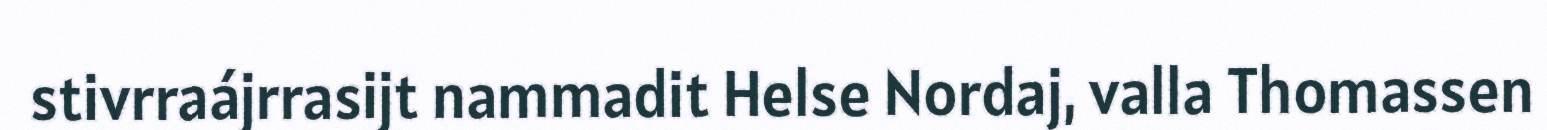
stivrraájrrasijt nammadit Helse Nordaj, valla Thomassen